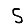
Digit: 5